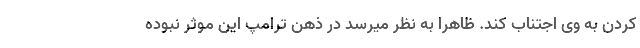
کردن به وی اجتناب کند. ظاهرا به نظر میرسد در ذهن ترامپ این موثر نبوده